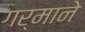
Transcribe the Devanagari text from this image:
गर्माने